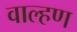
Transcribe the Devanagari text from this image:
वाल्हण